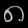
Digit: ၈